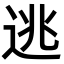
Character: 逃